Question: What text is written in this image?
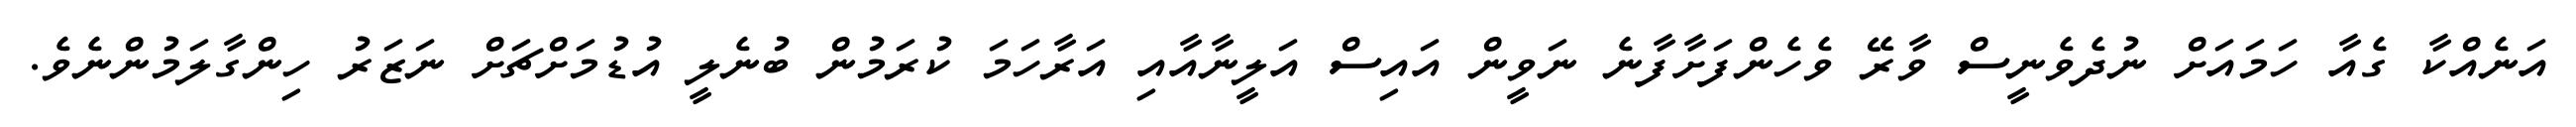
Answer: އަނެއްކާ ގެއާ ހަމައަށް ނުދެވެނީސް ވާރޭ ވެހެންފަށާފާނެ ނަވީން އައިސް އަލީނާއާއި އަރާހަމަ ކުރަމުން ބުނެލީ އުޑުމަށްޗަށް ނަޒަރު ހިންގާލަމުންނެވެ.